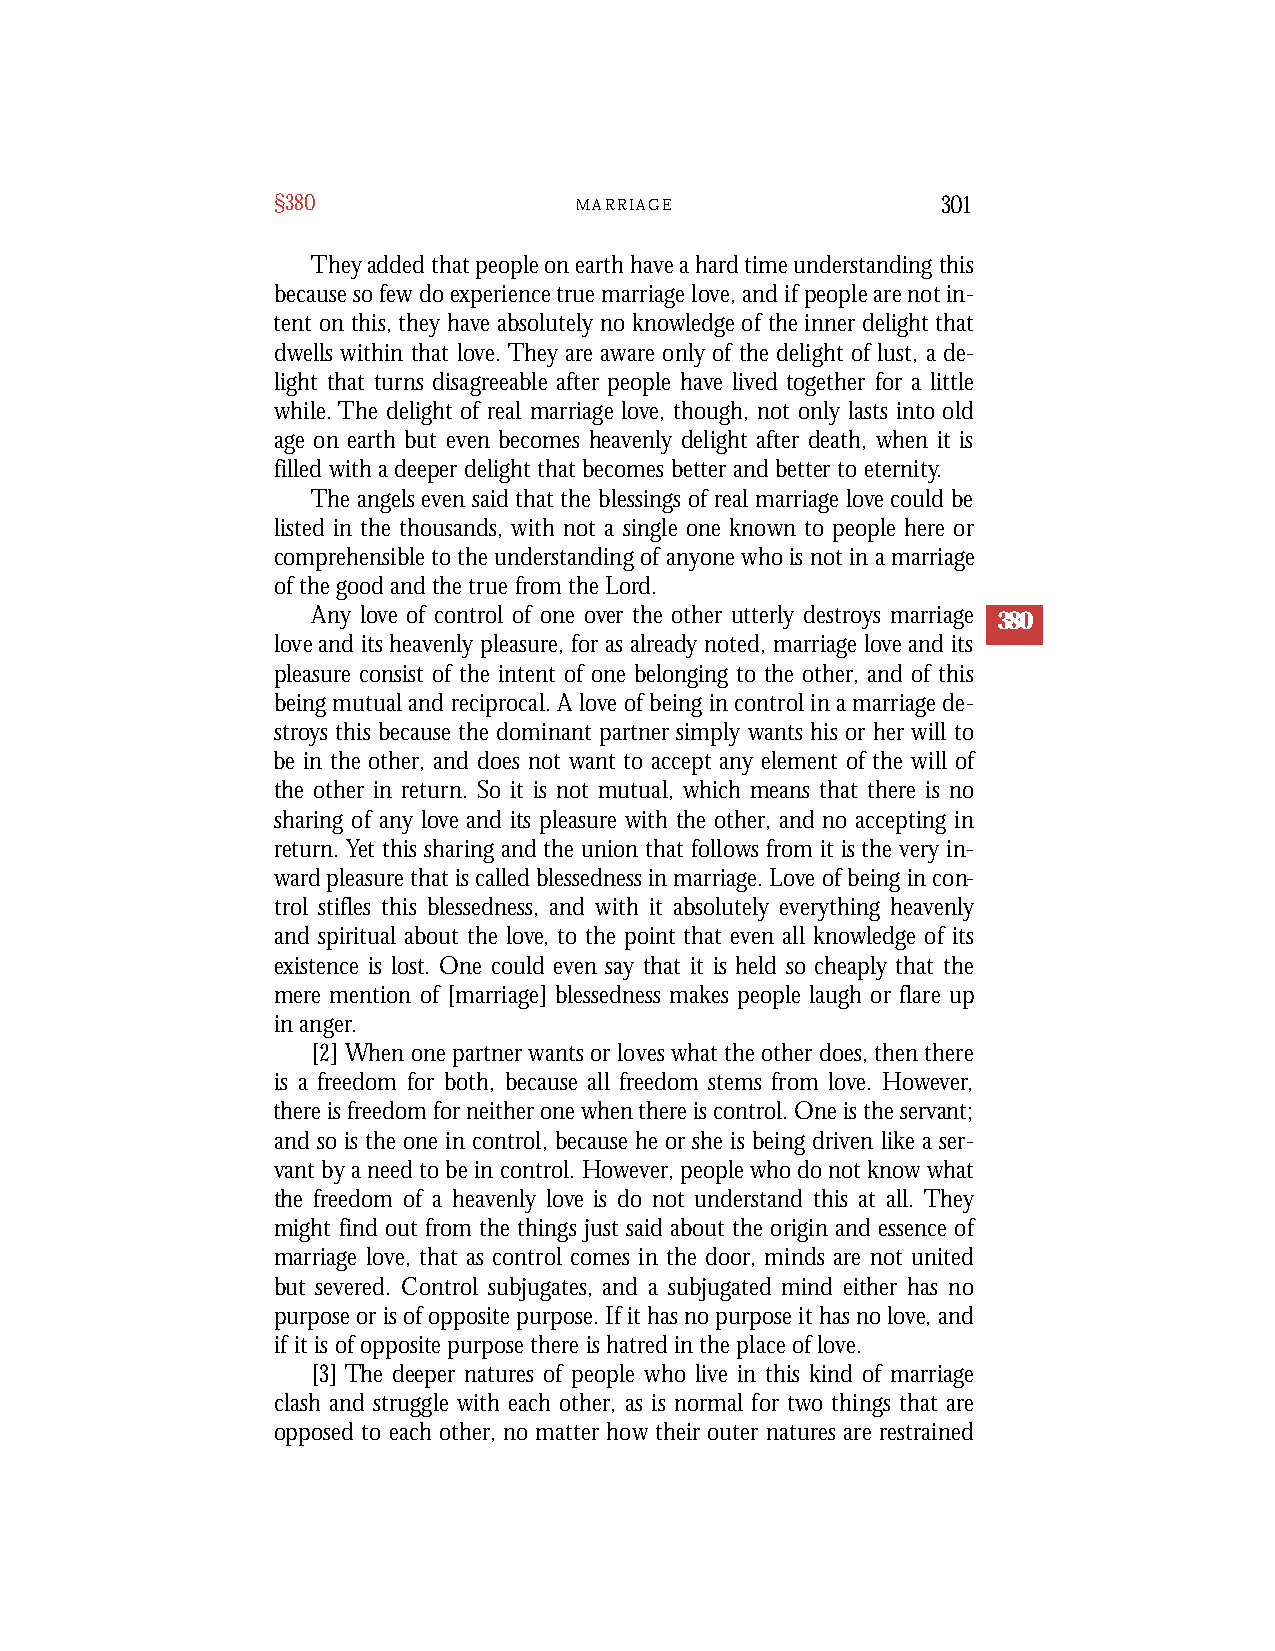
§380                M A R R I A G E         301
 Theyaddedthatpeopleonearthhaveahardtimeunderstandingthis
 becausesofewdoexperiencetruemarriagelove,andifpeoplearenotin-
 tent on this,they have absolutelyno knowledgeof theinner delightthat
 dwells within that love.They are aware only of the delight of lust, a de-
 light that turns disagreeable after people have lived together for a little
 while.The delight of real marriage love, though, not only lasts into old
 age on earth but even becomes heavenly delight after death, when it is
 filled withadeeperdelightthatbecomes betterand betterto eternity.
 The angels even said that the blessings of real marriage love could be
 listed in the thousands, with not a single one known to people here or
 comprehensible to the understanding of anyone who is not in a marriage
 of the good and the true from the Lord.
 Any love of control of one over the other utterly destroys marriage 380
 love and its heavenly pleasure, for as already noted, marriage love and its
 pleasure consist of the intent of one belonging to the other, and of this
 being mutual and reciprocal. A love of being in control in a marriage de-
 stroys this because the dominant partner simply wants his or her will to
 be in the other, and does not want to accept any element of the will of
 the other in return. So it is not mutual, which means that there is no
 sharing of any love and its pleasure with the other, and no accepting in
 return. Yet this sharing and the union that follows from it is the very in-
 ward pleasure that is called blessedness in marriage. Love of being in con-
 trol stifles this blessedness, and with it absolutely everything heavenly
 and spiritual about the love, to the point that even all knowledge of its
 existence is lost. One could even say that it is held so cheaply that the
 mere mention of [marriage] blessedness makes people laugh or flare up
 in anger.
 [2] When one partner wants or loves what the other does, then there
 is a freedom for both, because all freedom stems from love. However,
 there is freedom for neither one when there is control. One is the servant;
 and so is the one in control, because he or she is being driven like a ser-
 vant by a need to be in control. However, people who do not know what
 the freedom of a heavenly love is do not understand this at all. They
 might find out from the things just said about the origin and essence of
 marriage love, that as control comes in the door, minds are not united
 but severed. Control subjugates, and a subjugated mind either has no
 purpose or is of opposite purpose. If it has no purpose it has no love, and
 if it is of opposite purpose there is hatred in the place of love.
 [3] The deeper natures of people who live in this kind of marriage
 clash and struggle with each other, as is normal for two things that are
 opposed to each other, no matter how their outer natures are restrained